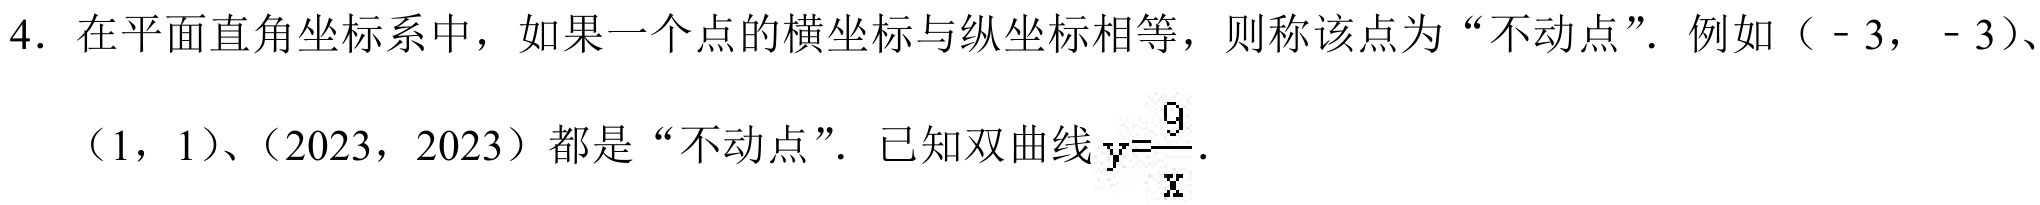
4. 在平面直角坐标系中，如果一个点的横坐标与纵坐标相等，则称该点为“不动点”. 例如（ - 3， - 3）、（1，1）、（2023，2023）都是“不动点”. 已知双曲线\(y = \frac{9}{x}\).